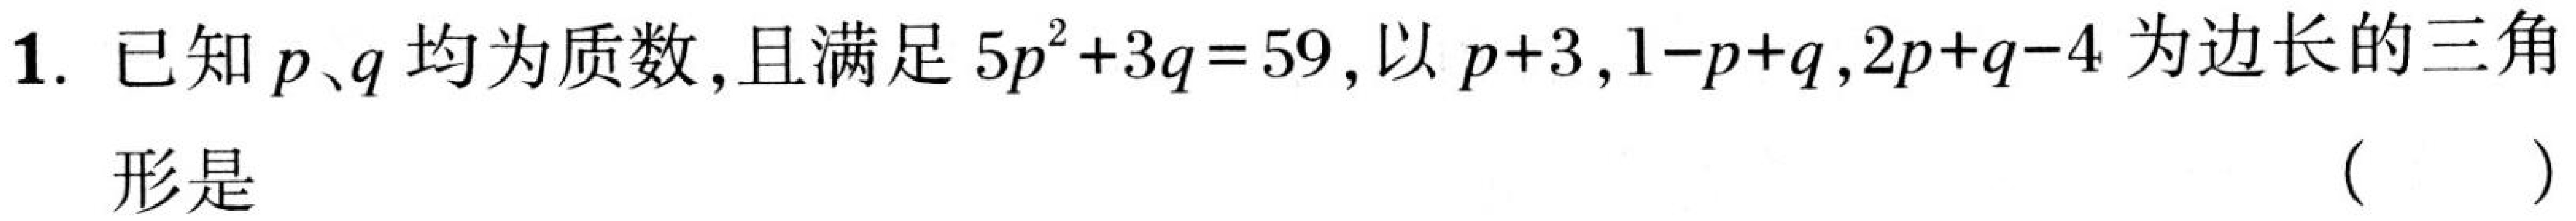
1. 已知 \(p\)、\(q\) 均为质数，且满足 \(5p^{2}+3q = 59\)，以 \(p + 3\)，\(1 - p+q\)，\(2p+q - 4\) 为边长的三角
形是 （  ）